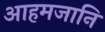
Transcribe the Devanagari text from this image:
आहमजानि